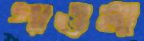
গাওলা